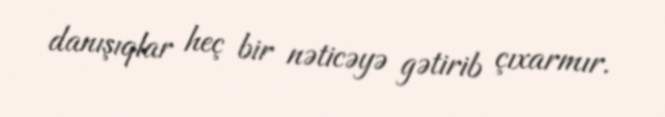
danışıqlar heç bir nəticəyə gətirib çıxarmır.